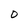
Character: O